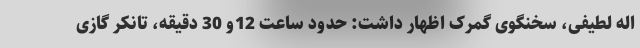
اله لطیفی، سخنگوی گمرک اظهار داشت: حدود ساعت 12و 30 دقیقه، تانکر گازی